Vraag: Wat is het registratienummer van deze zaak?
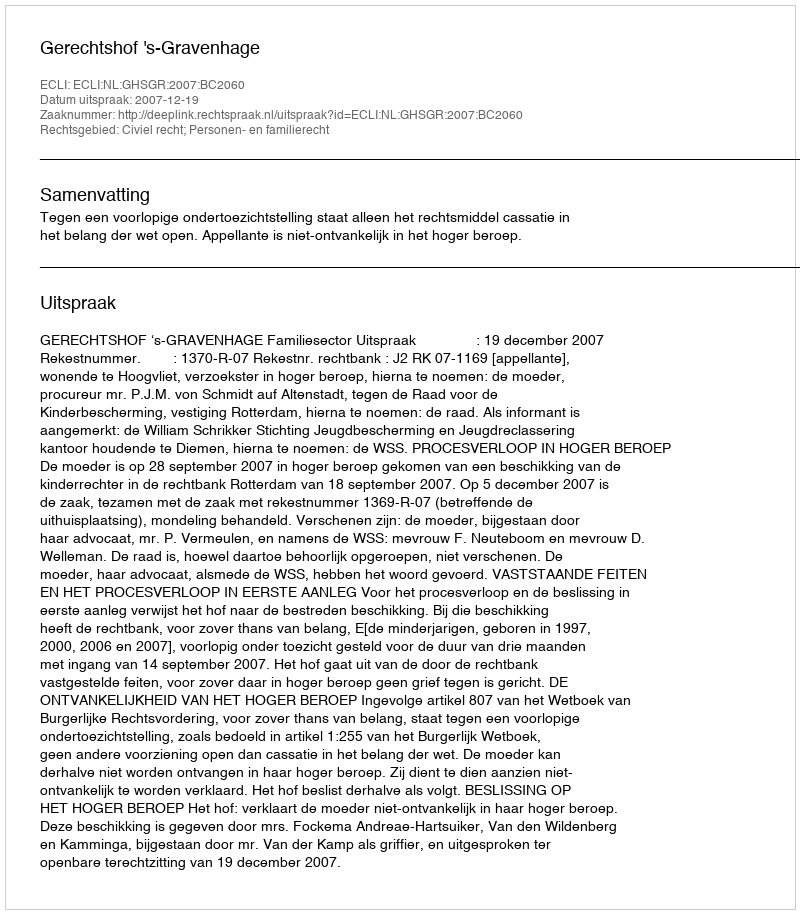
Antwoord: http://deeplink.rechtspraak.nl/uitspraak?id=ECLI:NL:GHSGR:2007:BC2060